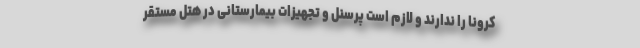
کرونا را ندارند و لازم است پرسنل و تجهیزات بیمارستانی در هتل مستقر